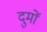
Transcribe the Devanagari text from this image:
दुमों